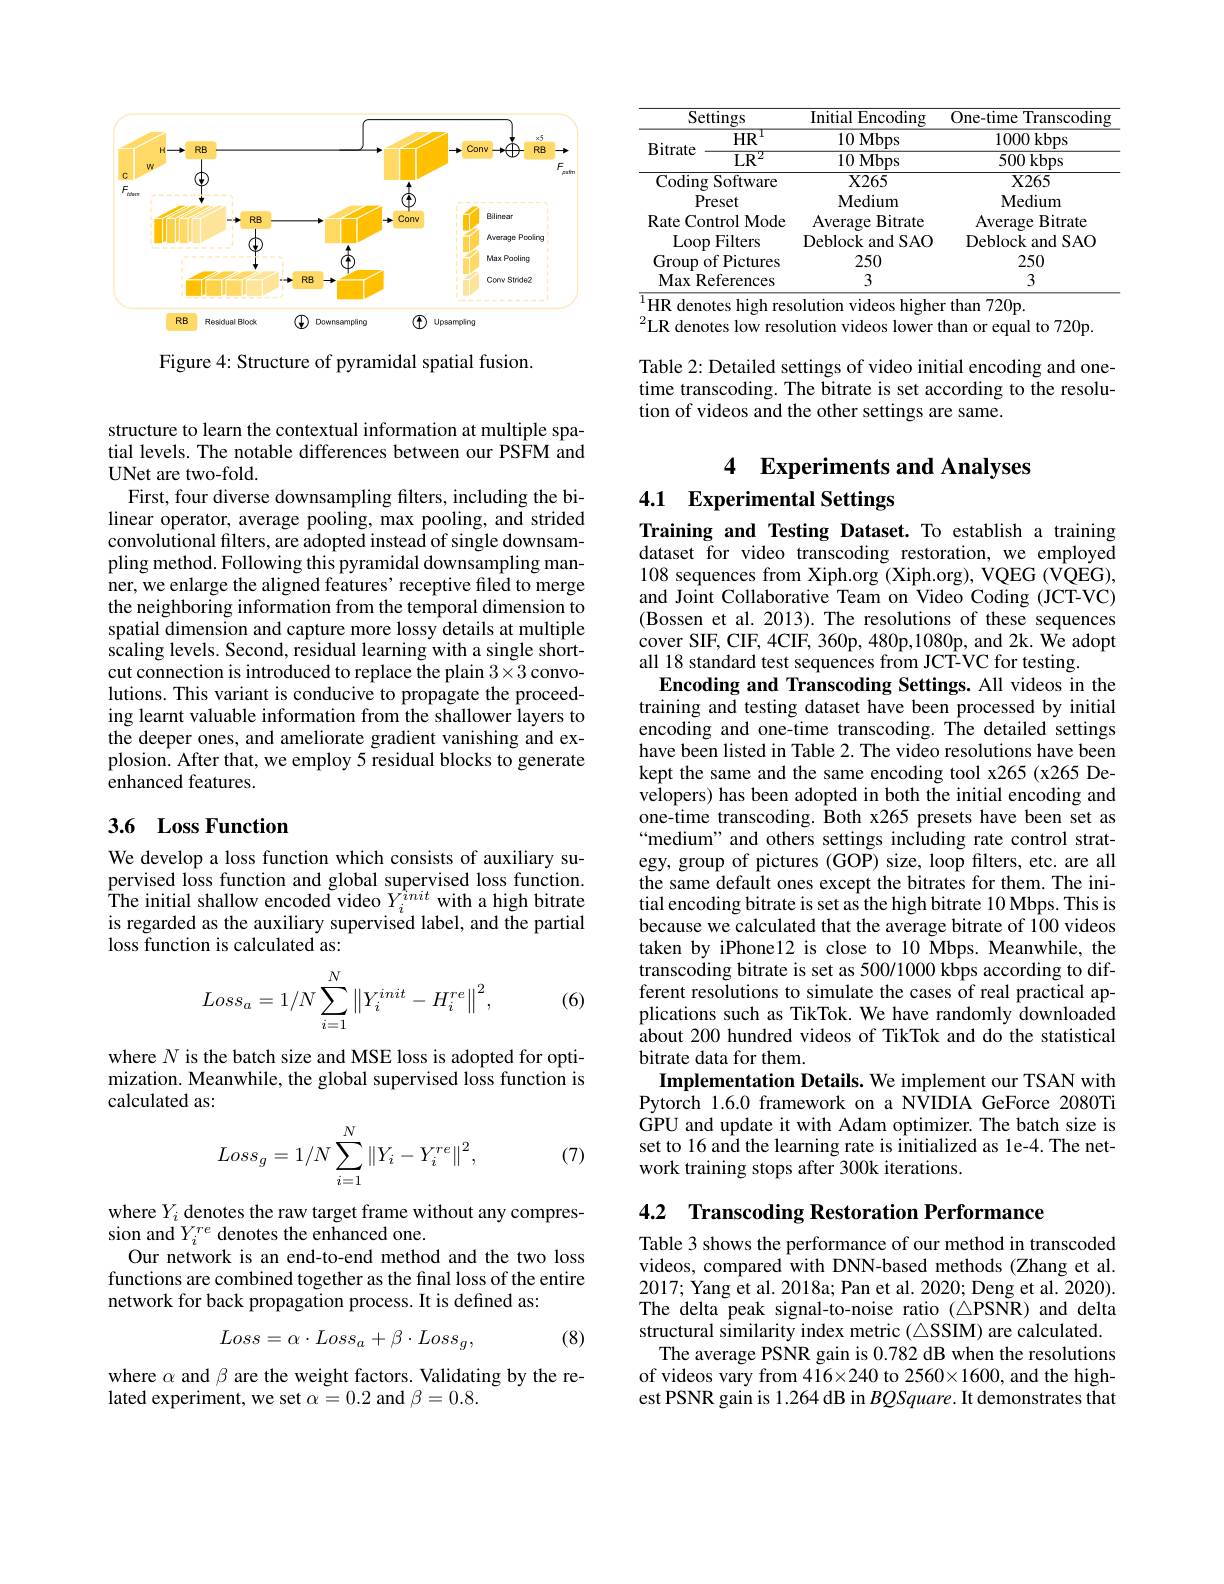
<FigureHere>

Figure 4: Structure of pyramidal spatial fusion.

structure to learn the contextual information at multiple spatial levels. The notable differences between our PSFM and UNet are two-fold.
First, four diverse downsampling filters, including the bilinear operator, average pooling, max pooling, and strided convolutional filters, are adopted instead of single downsampling method. Following this pyramidal downsampling manner, we enlarge the aligned features' receptive filed to merge the neighboring information from the temporal dimension to spatial dimension and capture more lossy details at multiple scaling levels. Second, residual learning with a single shortcut connection is introduced to replace the plain $3\times3$ convolutions. This variant is conducive to propagate the proceeding learnt valuable information from the shallower layers to the deeper ones, and ameliorate gradient vanishing and explosion. After that, we employ 5 residual blocks to generate enhanced features.

## 3.6 Loss Function

We develop a loss function which consists of auxiliary supervised loss function and global supervised loss function. The initial shallow encoded video $Y_{i}^{\grave{\iota}nit}$ with a high bitrate is regarded as the auxiliary supervised label, and the partial loss function is calculated as:
$$Loss_a=1/N\sum_{i=1}^N\left\|Y_i^{init}-H_i^{re}\right\|^2,$$
(6)

where $N$ is the batch size and MSE loss is adopted for optimization. Meanwhile, the global supervised loss function is calculated as:

(7)
$$Loss_g=1/N\sum_{i=1}^N\left\|Y_i-Y_i^{re}\right\|^2,$$
where $Y_i$ denotes the raw target frame without any compres-
sion and $Y_i^{re}$ denotes the enhanced one.
Our network is an end-to-end method and the two loss functions are combined together as the final loss of the entire network for back propagation process. It is defined as:
$$Loss=\alpha\cdot Loss_a+\beta\cdot Loss_g,$$
(8)

where $\alpha$ and $\beta$ are the weight factors. Validating by the re-
lated experiment, we set $\alpha=0.2$ and $\beta=0.8.$

<table>
	<tbody>
		<tr>
			<th>Settings</th>
			<th>Initial Encoding</th>
			<th>One-time ${\mathrm{Transcoding}}$</th>
		</tr>
		<tr>
			<td>$HR$</td>
			<td>10 Mbps</td>
			<td>1000 kbps</td>
		</tr>
		<tr>
			<td>DIUTale $LR^{2}$</td>
			<td>10 Mbps</td>
			<td>500 kbps</td>
		</tr>
		<tr>
			<td>Coding Software</td>
			<td>$X265$</td>
			<td>$X265$</td>
		</tr>
		<tr>
			<td>Preset</td>
			<td>Medium</td>
			<td>Medium</td>
		</tr>
		<tr>
			<td>Rate Control Mode</td>
			<td>Average ${\mathbf{B}}$itrate</td>
			<td>Average </td>
		</tr>
		<tr>
			<td>Loop I Filters</td>
			<td>Deblock and SAO</td>
			<td>Deblock and SAO</td>
		</tr>
		<tr>
			<td>Group of Pictures</td>
			<td>250</td>
			<td>250</td>
		</tr>
		<tr>
			<td>MaxI References</td>
			<td>3</td>
			<td>3</td>
		</tr>
	</tbody>
</table>
$^{1}$HR denotes high resolution videos higher than 720p.$^2$LR denotes low resolution videos lower than or equal to 720p.

Table 2: Detailed settings of video initial encoding and onetime transcoding. The bitrate is set according to the resolution of videos and the other settings are same.

4 Experiments and Analyses
## 4.1 Experimental Settings

Training and Testing Dataset. To establish a training dataset for video transcoding restoration, we employed 108 sequences from Xiph.org (Xiph.org), VQEG (VQEG), and Joint Collaborative Team on Video Coding (JCT-VC) (Bossen et al. 2013). The resolutions of these sequences cover SIF, CIF, 4CIF, 360p, 480p,1080p, and 2k. We adopt all 18 standard test sequences from JCT-VC for testing.
Encoding and Transcoding Settings. All videos in the training and testing dataset have been processed by initial encoding and one-time transcoding. The detailed settings have been listed in Table 2. The video resolutions have been kept the same and the same encoding tool x265 (x265 Developers) has been adopted in both the initial encoding and one-time transcoding. Both x265 presets have been set as “medium” and others settings including rate control strategy, group of pictures (GOP) size, loop filters, etc. are all the same default ones except the bitrates for them. The initial encoding bitrate is set as the high bitrate 10 Mbps. This is because we calculated that the average bitrate of 100 videos taken by iPhonel2 is close to 10 Mbps. Meanwhile, the transcoding bitrate is set as 500/1000 kbps according to different resolutions to simulate the cases of real practical applications such as TikTok. We have randomly downloaded about 200 hundred videos of TikTok and do the statistical bitrate data for them.
Implementation Details. We implement our TSAN with Pytorch 1.6.0 framework on a NVIDIA GeForce 2080Ti GPU and update it with Adam optimizer. The batch size is set to 16 and the learning rate is initialized as 1e-4. The network training stops after 300k iterations.

4.2 Transcoding Restoration Performance

Table 3 shows the performance of our method in transcoded videos, compared with DNN-based methods (Zhang et al. 2017; Yang et al. 2018a; Pan et al. 2020; Deng et al. 2020). The delta peak signal-to-noise ratio $( \triangle$PSNR) and delta structural similarity index metric (△SSIM) are calculated.
The average PSNR gain is 0.782 dB when the resolutions of videos vary from $416\times240$ to 2560×1600, and the highest PSNR gain is 1.264 dB in $BQSquare.$ It demonstrates that